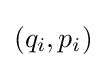
(q_{i},p_{i})